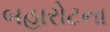
બહારોટના